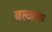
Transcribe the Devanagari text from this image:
बल्जाक